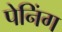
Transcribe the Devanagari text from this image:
पेनिंग